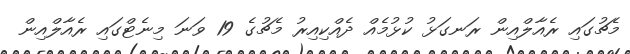
މެޗުގައި ރެއާލްއިން ރަނގަޅު ކުޅުމެއް ދެއްކިއިރު މެޗުގެ 19 ވަނަ މިނެޓްގައި ރެއާލްއިން